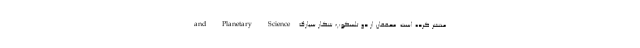
and Planetary Science منتشر کرده است. محققان از دو تلسکوپ شکار سیارک